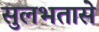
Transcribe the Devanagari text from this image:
सुलभतासे